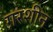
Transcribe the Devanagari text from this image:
ग़रशीन